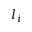
l _ { i }